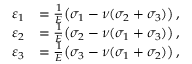
{ \begin{array} { r l } { \varepsilon _ { 1 } } & { = { \frac { 1 } { E } } { \big ( } \sigma _ { 1 } - \nu ( \sigma _ { 2 } + \sigma _ { 3 } ) { \big ) } \, , } \\ { \varepsilon _ { 2 } } & { = { \frac { 1 } { E } } { \big ( } \sigma _ { 2 } - \nu ( \sigma _ { 1 } + \sigma _ { 3 } ) { \big ) } \, , } \\ { \varepsilon _ { 3 } } & { = { \frac { 1 } { E } } { \big ( } \sigma _ { 3 } - \nu ( \sigma _ { 1 } + \sigma _ { 2 } ) { \big ) } \, , } \end{array} }